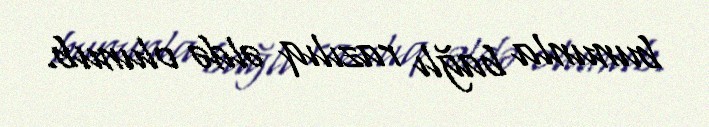
bununla bağlı razılıq əldə olunub.